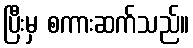
ပြီးမှ စကားဆက်သည်။